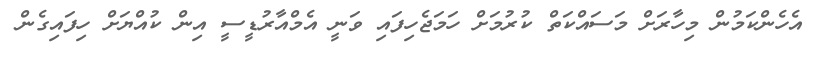
އެހެންކަމުން މިހާރަށް މަސައްކަތް ކުރުމަށް ހަމަޖެހިފައި ވަނީ އެމްއާރުޑީސީ އިން ކުއްޔަށް ހިފައިގެން